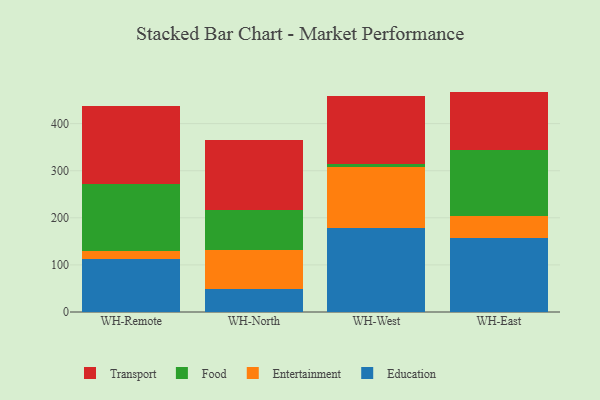
{"axis": {"x": "Warehouse", "y": "Customer Acquisition Cost (USD)"}, "legend": ["Education", "Entertainment", "Food", "Transport"], "data": [{"x": "WH-Remote", "y": 112.3, "type": "Education"}, {"x": "WH-Remote", "y": 16.7, "type": "Entertainment"}, {"x": "WH-Remote", "y": 143.2, "type": "Food"}, {"x": "WH-Remote", "y": 166.1, "type": "Transport"}, {"x": "WH-North", "y": 48.6, "type": "Education"}, {"x": "WH-North", "y": 83.1, "type": "Entertainment"}, {"x": "WH-North", "y": 84.0, "type": "Food"}, {"x": "WH-North", "y": 149.9, "type": "Transport"}, {"x": "WH-West", "y": 178.9, "type": "Education"}, {"x": "WH-West", "y": 128.7, "type": "Entertainment"}, {"x": "WH-West", "y": 6.3, "type": "Food"}, {"x": "WH-West", "y": 145.8, "type": "Transport"}, {"x": "WH-East", "y": 156.4, "type": "Education"}, {"x": "WH-East", "y": 47.6, "type": "Entertainment"}, {"x": "WH-East", "y": 140.7, "type": "Food"}, {"x": "WH-East", "y": 123.3, "type": "Transport"}]}